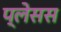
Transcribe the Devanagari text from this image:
प्लेसस